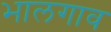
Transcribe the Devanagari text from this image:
भालगाव